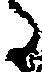
た